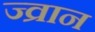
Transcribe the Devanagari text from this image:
ज्व्रान